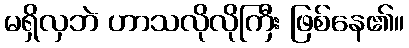
မရှိလှဘဲ ဟာသလိုလိုကြီး ဖြစ်နေ၏။